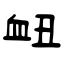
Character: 衄